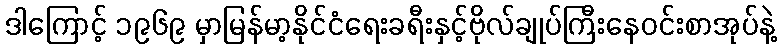
ဒါကြောင့် ၁၉၆၉ မှာမြန်မာ့နိုင်ငံရေးခရီးနှင့်ဗိုလ်ချုပ်ကြီးနေဝင်းစာအုပ်နဲ့